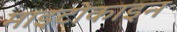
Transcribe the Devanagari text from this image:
माइटोकाइन